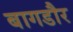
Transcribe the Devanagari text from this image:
बागडौर